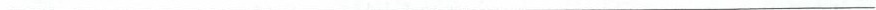
___